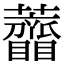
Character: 𧅠